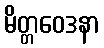
မိတ္တဝေဒနာ